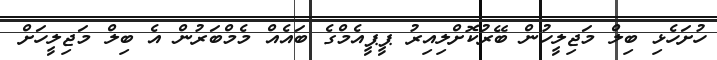
ހުށަހެޅި ބިލް މަޖިލީހުން ބޭރުކޮށްލިއިރު ޕީޕީއެމްގެ ބައެއް މެމްބަރުން އެ ބިލް މަޖިލީހަށް